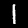
Digit: 1